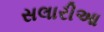
સલારીઆ